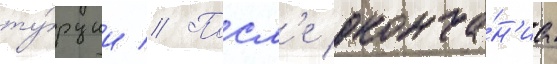
ту́рции // Посл'е оконча́н'иа